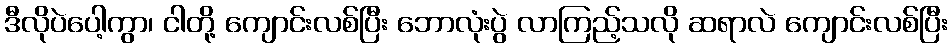
ဒီလိုပဲပေါ့ကွာ၊ ငါတို့ ကျောင်းလစ်ပြီး ဘောလုံးပွဲ လာကြည့်သလို ဆရာလဲ ကျောင်းလစ်ပြီး